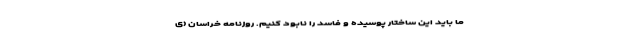
ما باید این ساختار پوسیده و فاسد را نابود کنیم. روزنامه خراسان (ی